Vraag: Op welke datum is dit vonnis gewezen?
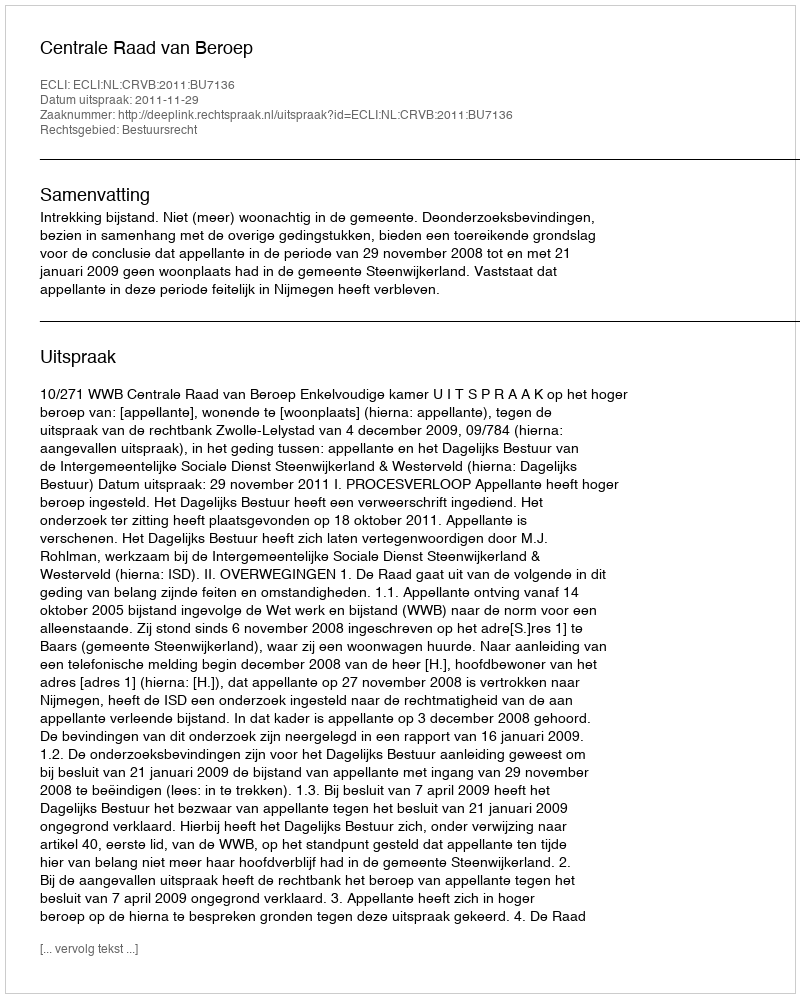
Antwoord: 2011-11-29